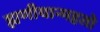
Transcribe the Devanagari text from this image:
ह्यणीयान्महतो